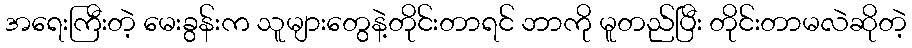
အရေးကြီးတဲ့ မေးခွန်းက သူများတွေနဲ့တိုင်းတာရင် ဘာကို မူတည်ပြီး တိုင်းတာမလဲဆိုတဲ့